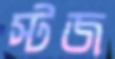
স্টজ